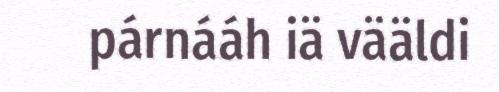
párnááh iä vääldi